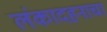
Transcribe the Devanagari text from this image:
लंकादहनाचा